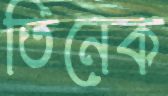
তিনেক